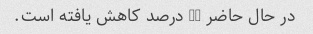
در حال حاضر 20 درصد کاهش یافته است.